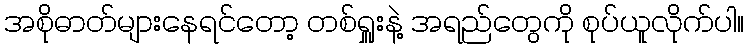
အစိုဓာတ်များနေရင်တော့ တစ်ရှူးနဲ့ အရည်တွေကို စုပ်ယူလိုက်ပါ။